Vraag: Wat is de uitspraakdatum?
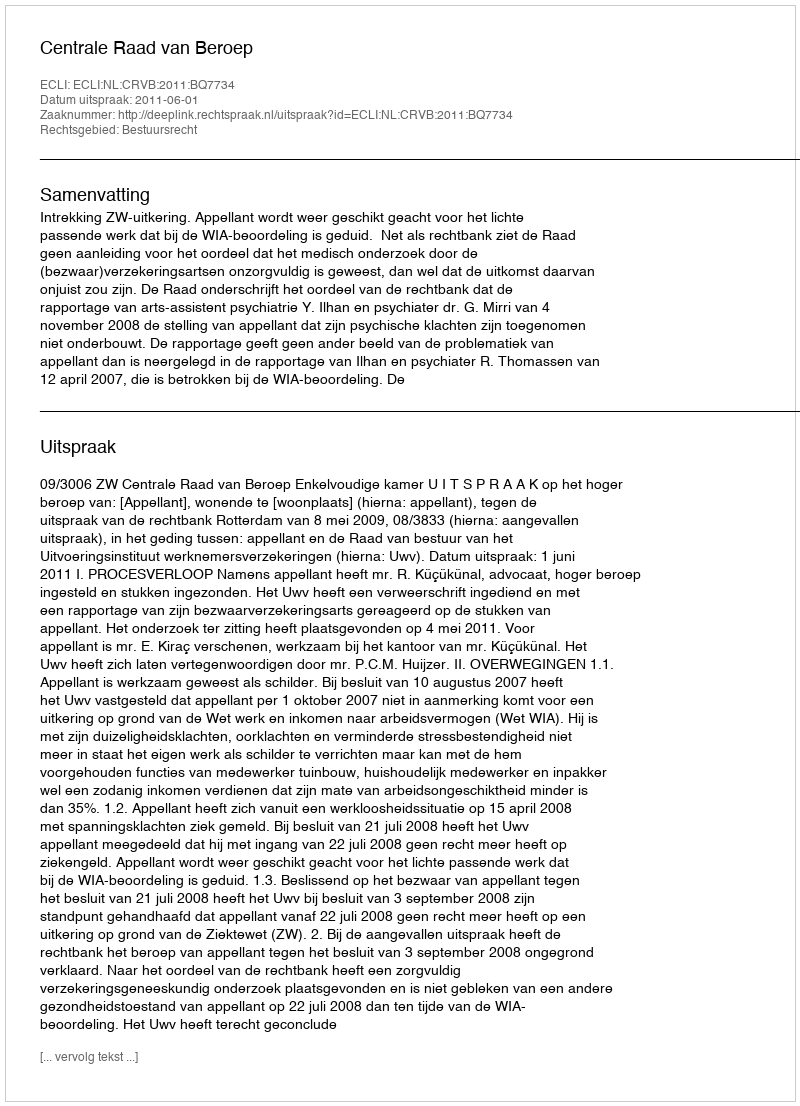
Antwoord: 2011-06-01